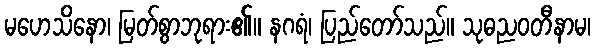
မဟေသိနော၊ မြတ်စွာဘုရား၏။ နဂရံ၊ ပြည်တော်သည်။ သုဓညဝတီနာမ၊